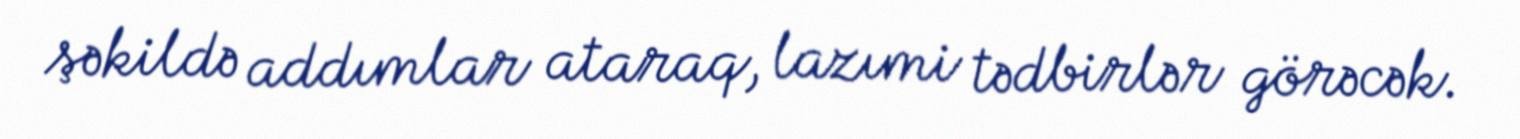
şəkildə addımlar ataraq, lazımi tədbirlər görəcək.